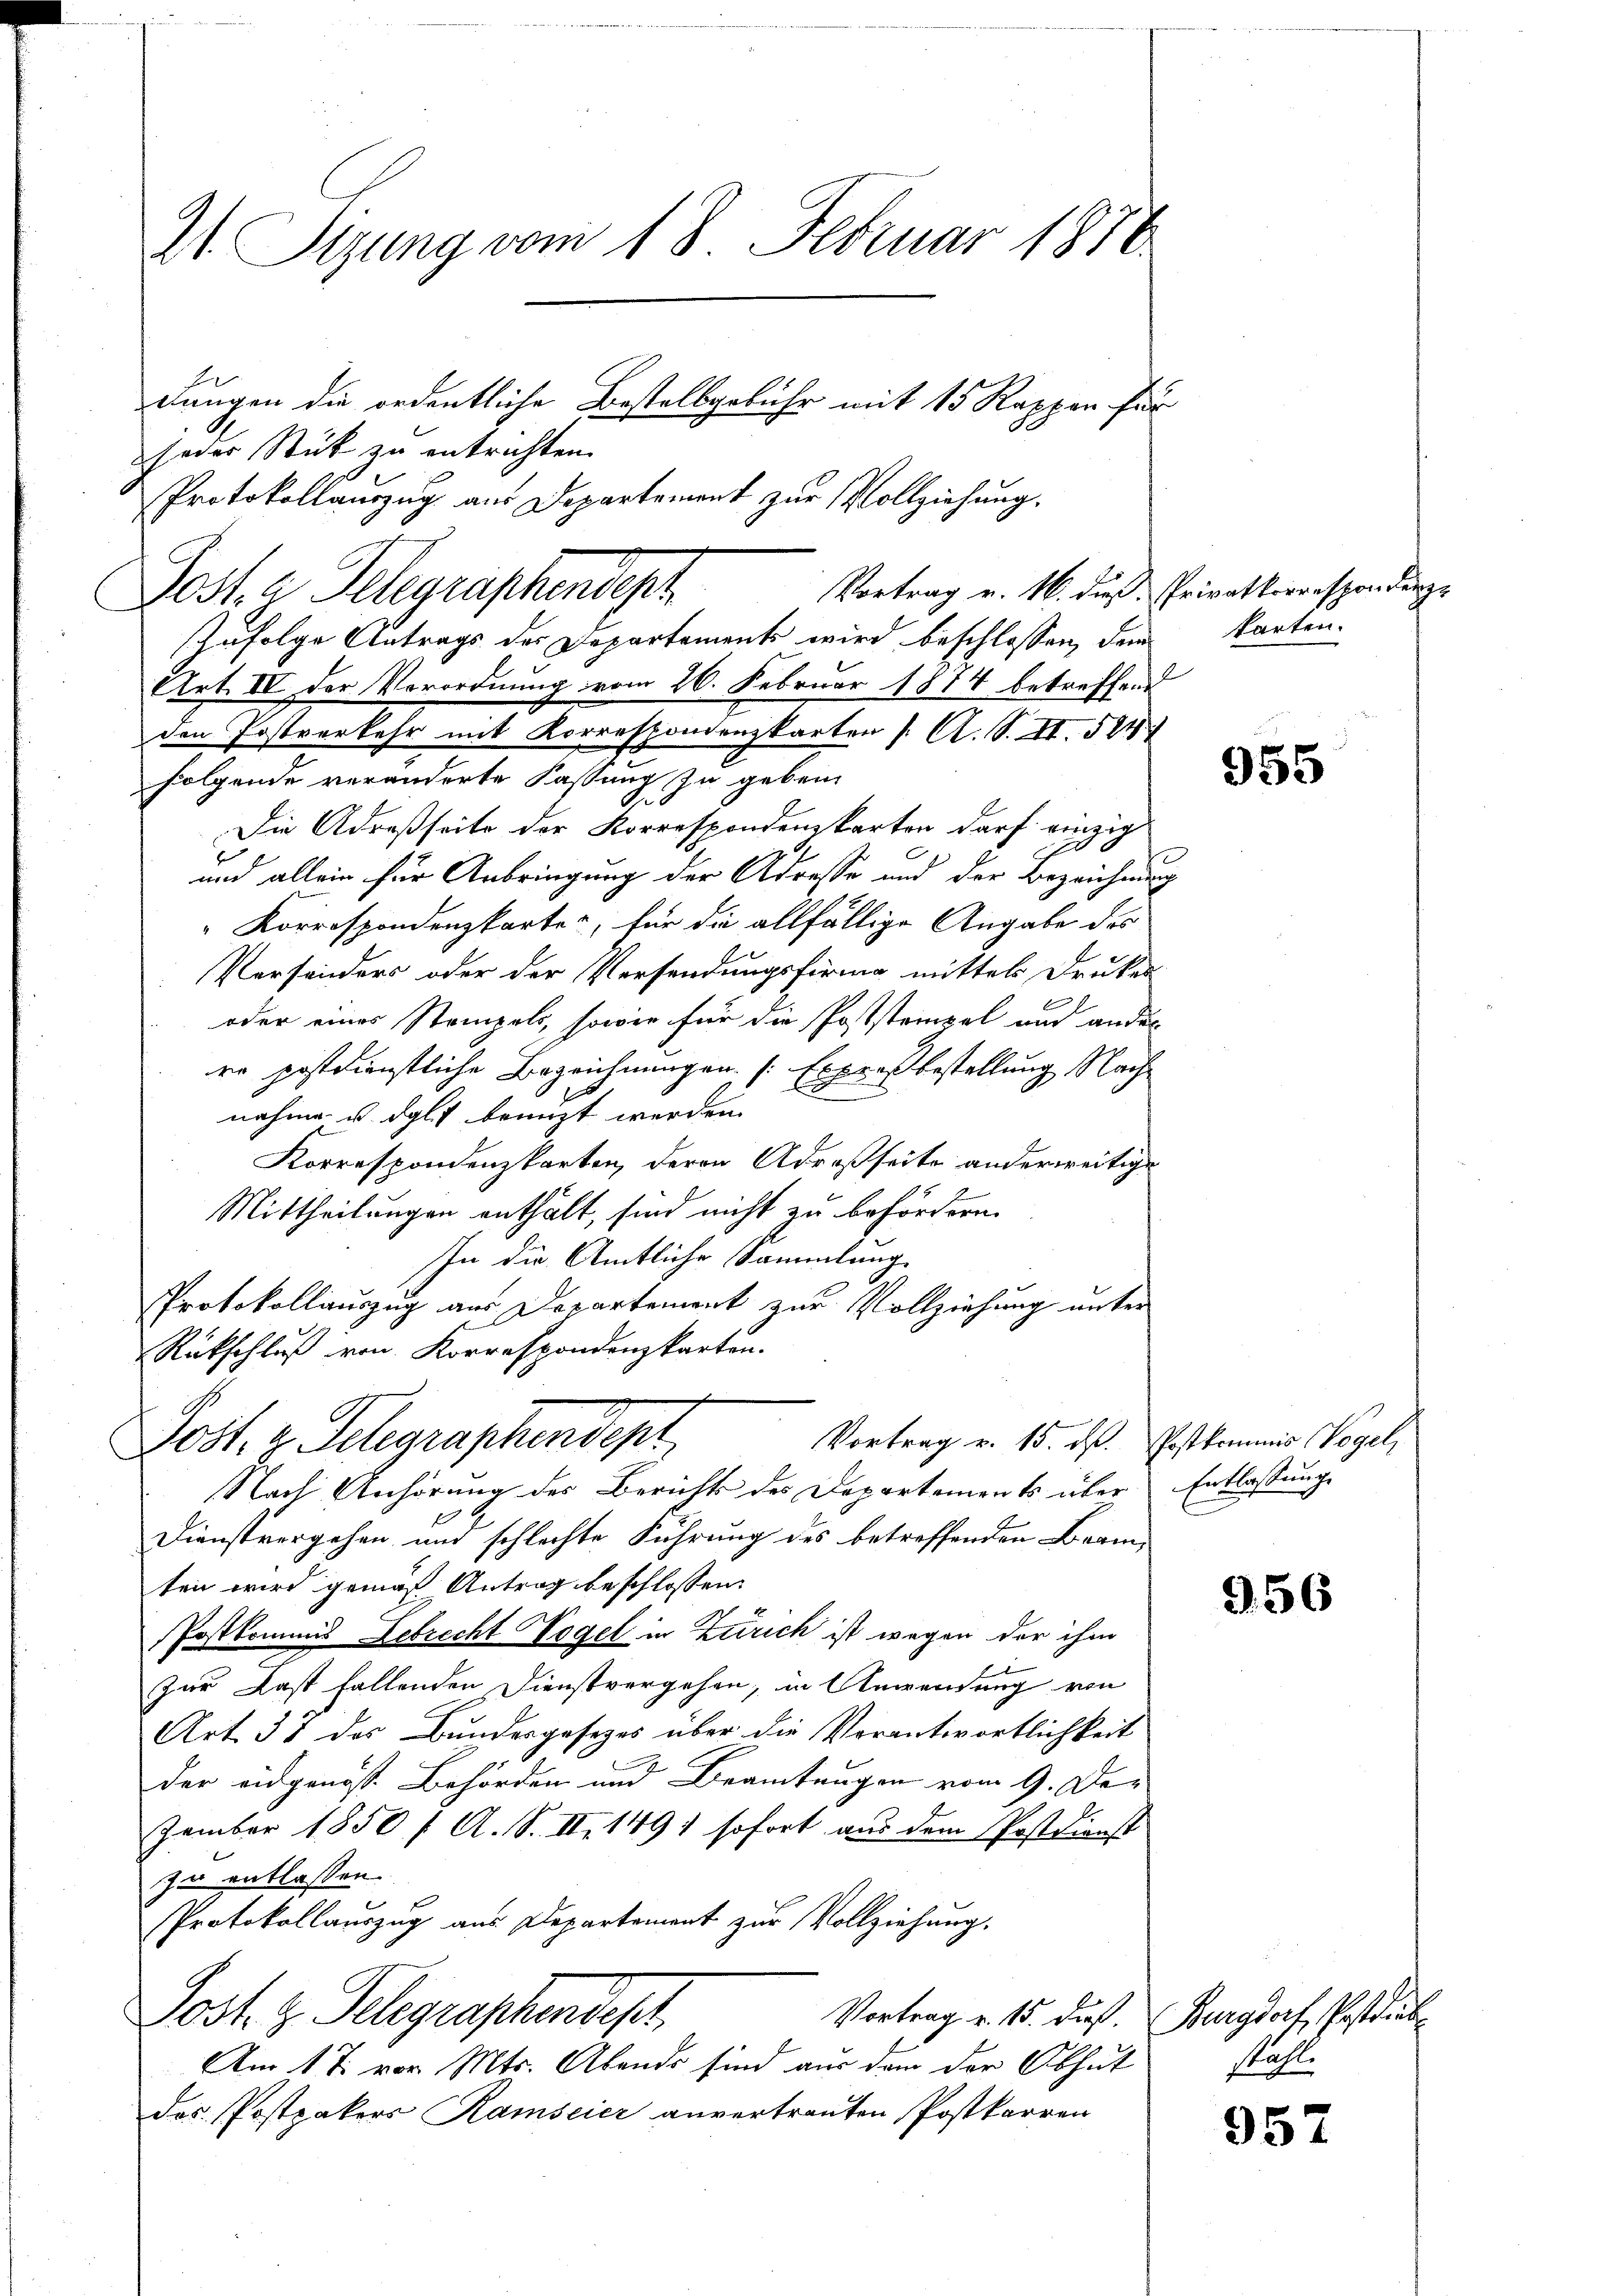
A Sizung vom 18. Februar 1876
dungen die ordentliche Bestellgebühr mit 15 Rappen für
jeder Stück zu entrichten.
Protokollauszug aus Departement zur Vollziehung.

Vortrag v. 16. dies Privatkorresponderze
Post. a Telegraphendept
zufolge Antrags der Departements wird beschlossen, dem karten.
Art. IV der Verordnung vom 26. Februar 1874 betreffend
den Postverkehr mit Korrespondenzkarten [ A. S. II. 584
folgende veränderte Fassung zu geben
Die Adresseite der Korrespondenzkarten darf einzig
und allein für Anbringung der Adresse und der Bezeichnung
Korrespondenzkarte, für die allfällige Angabe des
Versonders oder der Versendungsfirma mittels Druker
oder eines Stempels, sowie für die Poststempel und ander
re postdienstliche Bezeichnungen. (Expresbestellung Nach-
nahme u. dgl. brenzt werden.
Korrespondenzkarten, deren Adresseite anderweitige
Mittheilungen enthält, sind nicht zu befördern.
In die Amtliche Sammlung
Protokollauszug aus Departement zur Vollziehung unter
Rückschluß von Korrespondenzkarten.
Vortrag v. 15. dß. Postkommis Vogel,
Jost, z. Schgraphendept
Nach Anhörung des Berichts des Departements über Entlassunge
Dienstvergehen und schlechte Führung des betreffenden Beamten wird gemäß Antrag beschlossen:
Postkommis Lebrecht Vogel in Zürich ist wegen der ihm
zur Last fallenden Dienstvergehen, in Anwendung von
Art. 57 des Bundesgesezes über die Verantwortlichkeit
der eidgenoss. Behörden und Beamtungen vom 9. Dezember 1850 f. A. S. II 149) sofort aus dem Postkunst
zu entlassen.
Protokollauszug aus Departement zur Vollziehung.
Post. g. Telegraphendest
Vortrag v. 15. daß.
Am 17. vor Mts. Abends sind aus dem der Obhut
des Postpakers Ramseier anvertrauten Postkarren

955

956

Burgdorf, Pestaub
Ruhl.

957